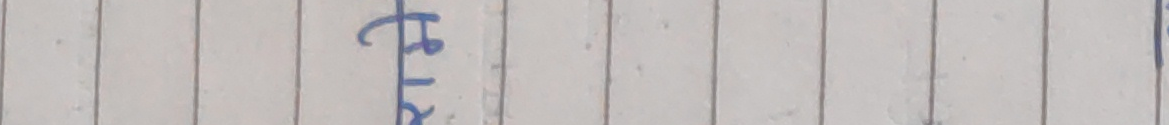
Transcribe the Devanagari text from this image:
रहेछ।